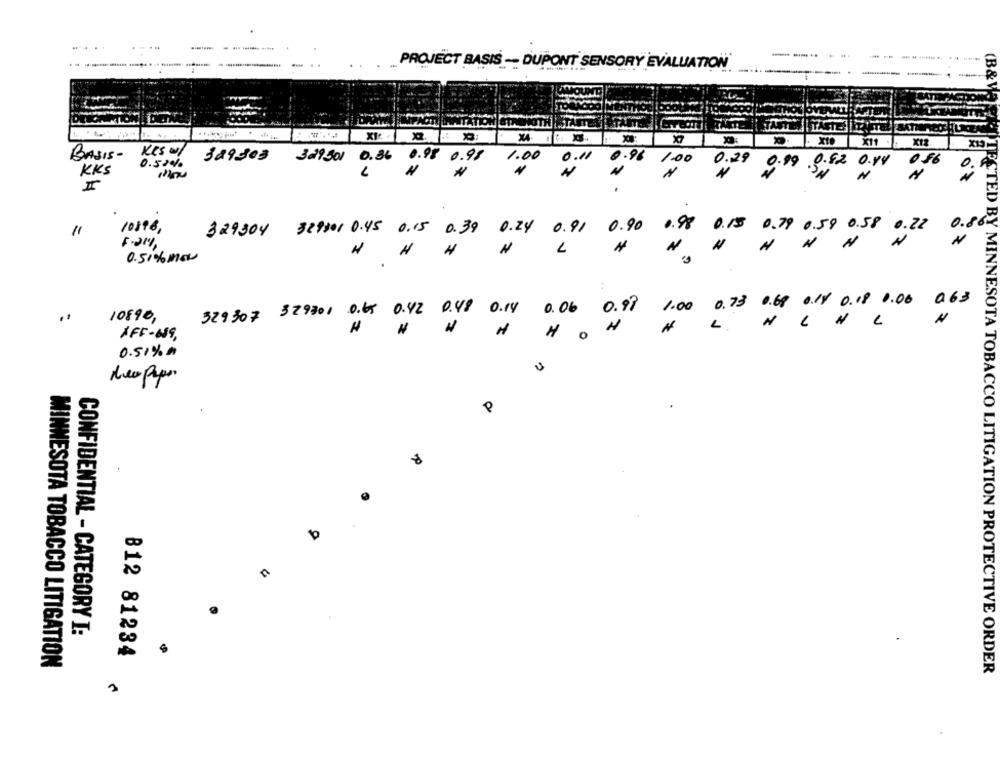
.-...
----
PROJECT BASIS -- DUPONT SENSORY EVALUATION
UNT
(B&V
DE
IOTH
ATAN
TASTIDE
t
XI
X
deő de"o ."
xto
X11 .
X12
X19
Kes w/
BASIS-
329303
329301 0.36 0.98 0.98
1.00
0.11
0.50%
0.96 1.00
0.82 0.84
0.56
0. 4
KKS
N
I
10896,
0.91
0.90
0.98
0.15
0.79
0.59 0.58 0.2
0.22
0.8
11
329304 329301 0.45 0.15 0.39
0.24
5-21%
N
N
N
3
4
0.51% mov
0.73
0.68
0.14 0.18 0.00
063
329307 329301 0.65 0.42 0.48
0.14
0.06
0.99
1.00
10890,
2
L
AFF-689,
O
0.51% "
dea paper
R
CONFIDENTIAL - CATEGORY I:
B12 81234
MINNESOTA TOBACCO LITIGATION
TECTED BY MINNESOTA TOBACCO LITIGATION PROTECTIVE ORDER
3